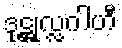
ဒုဋ္ဌုလ္လဂါဟီ